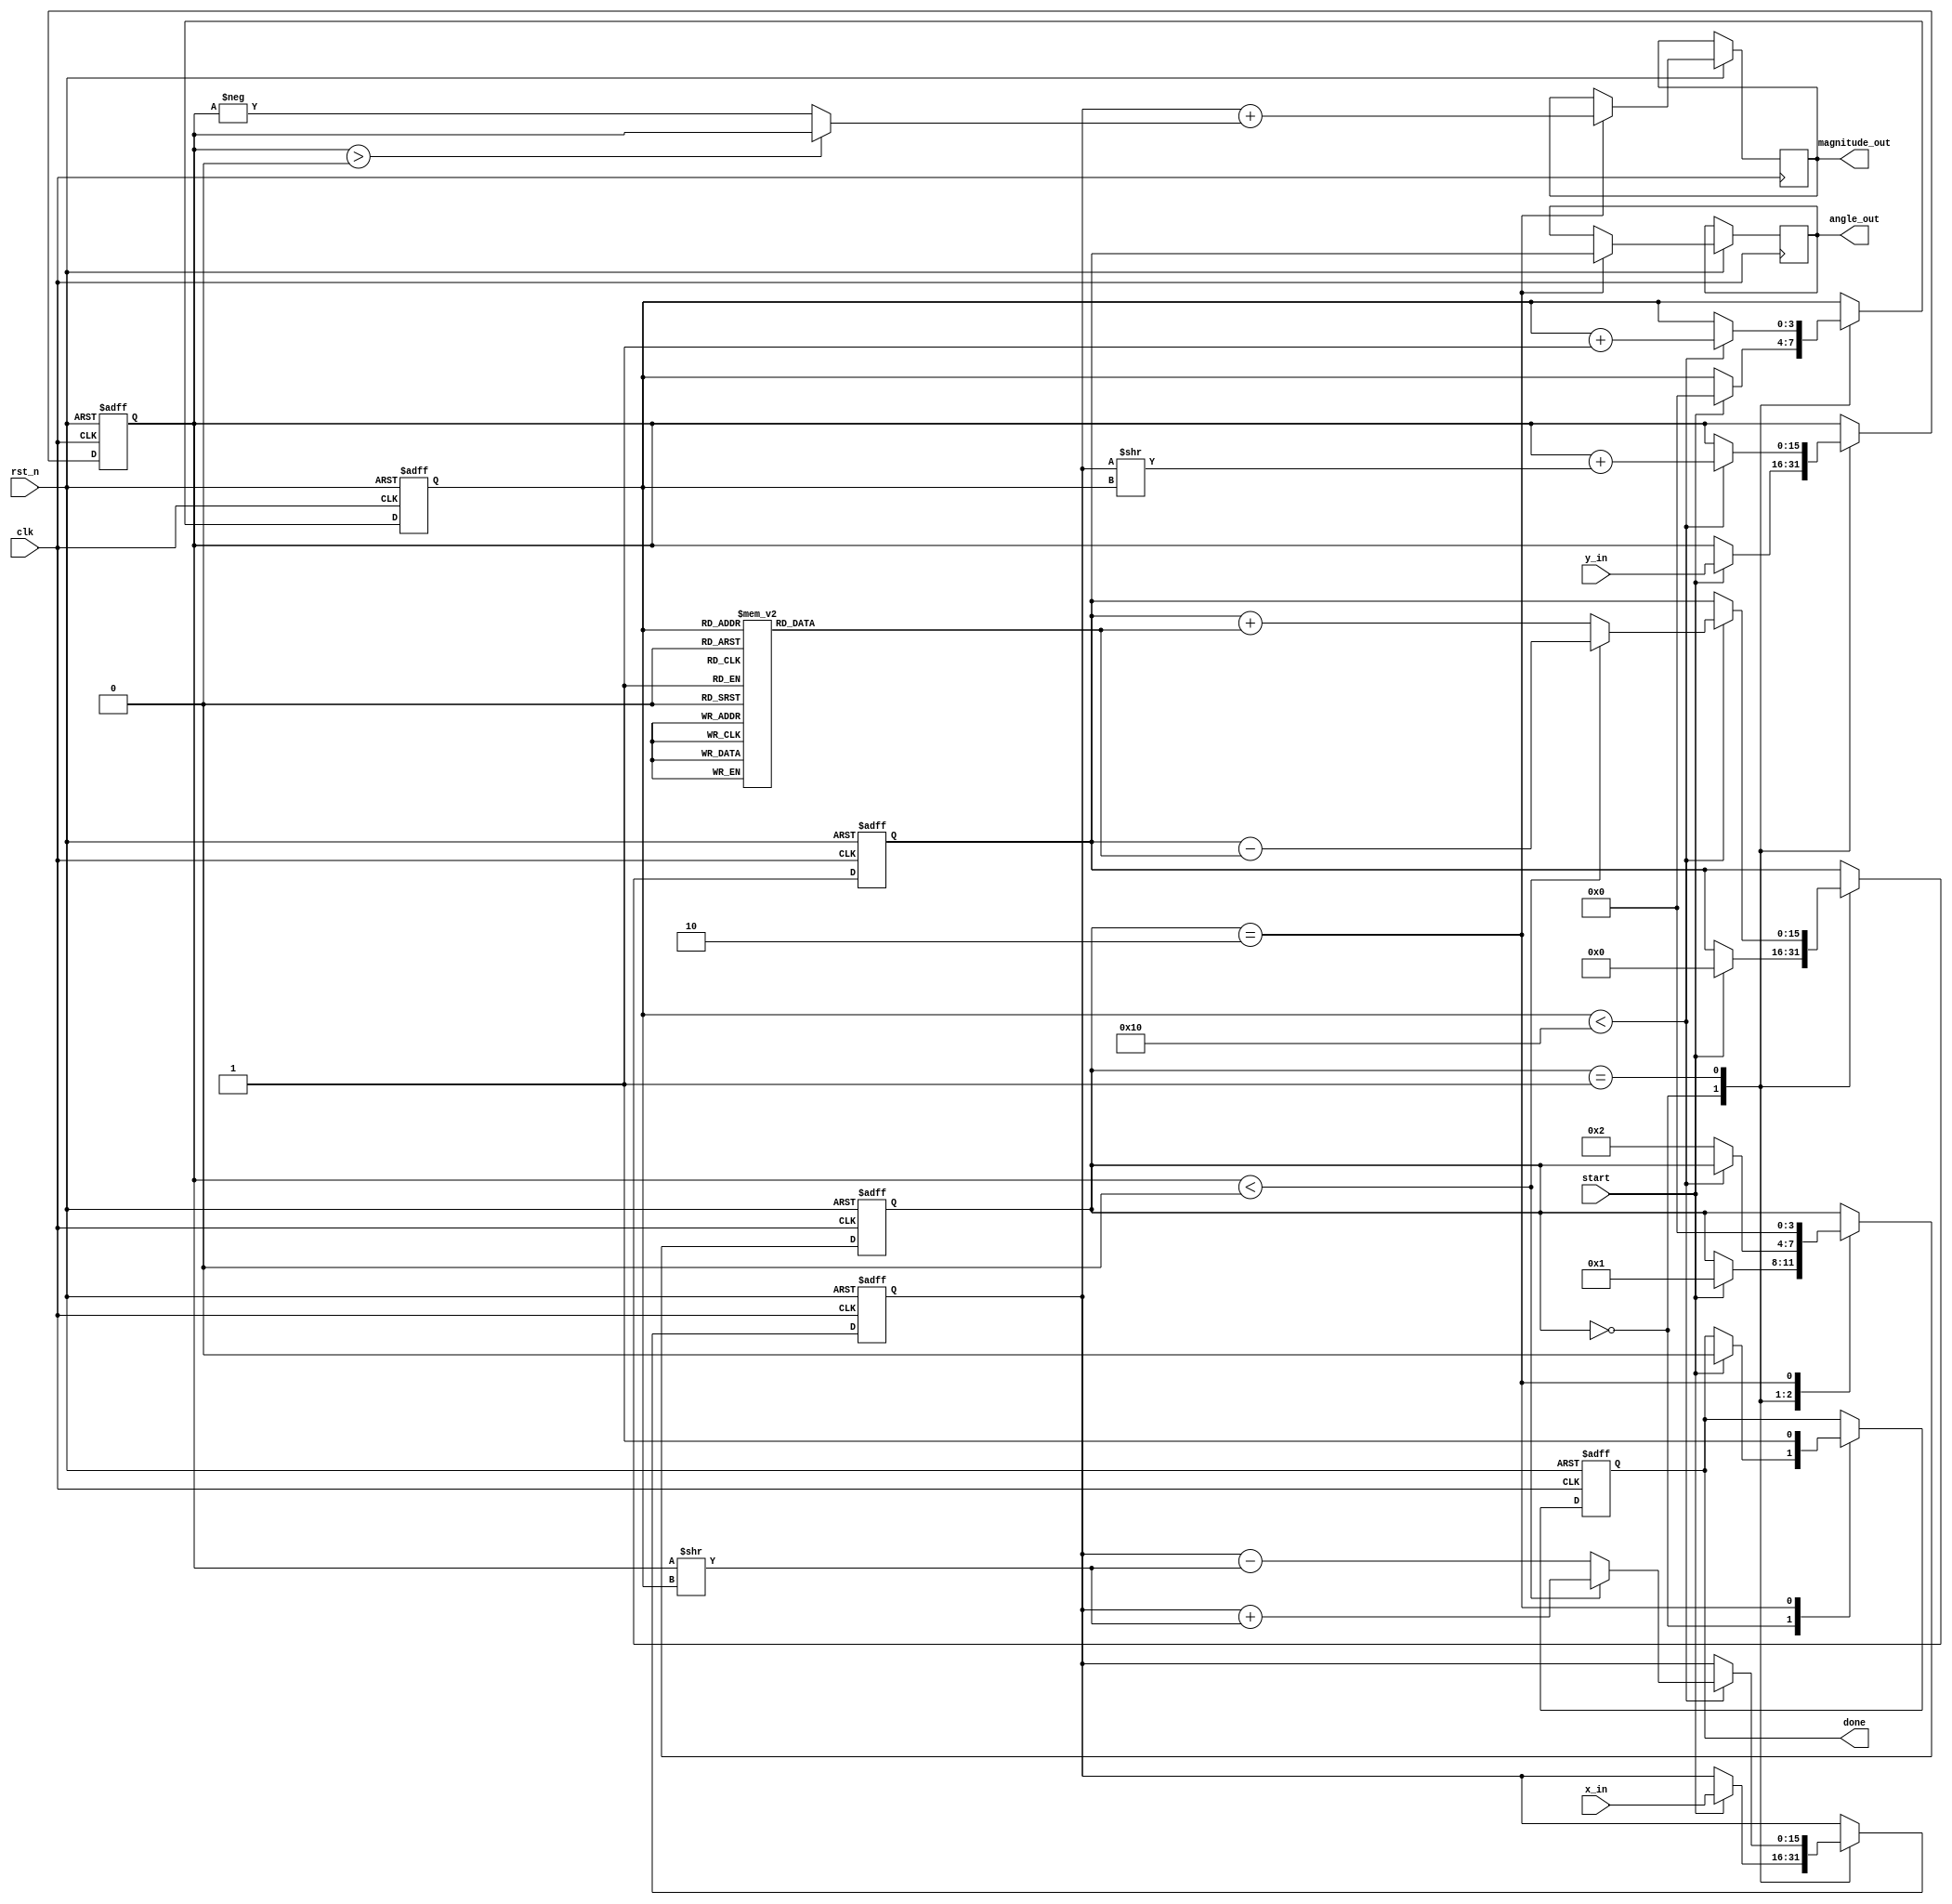
module vectoring_cordic (
    input wire clk,
    input wire rst_n,
    input wire start,
    input wire signed [15:0] x_in,
    input wire signed [15:0] y_in,
    output reg signed [15:0] angle_out,
    output reg signed [15:0] magnitude_out,
    output reg done
);

    // Internal registers
    reg signed [15:0] x_reg;
    reg signed [15:0] y_reg;
    reg signed [15:0] angle_reg;
    
    // CORDIC constants: arctan(2^-i) for i=0 to 15
    reg signed [15:0] atan_table [0:15];
    initial begin
        atan_table[0] = 16'h2000;  // 0.5 in Q15
        atan_table[1] = 16'h1333;  // 0.3333 in Q15
        atan_table[2] = 16'h0A3D;  // 0.25 in Q15
        atan_table[3] = 16'h0523;  // 0.2 in Q15
        atan_table[4] = 16'h028F;  // ~0.1667 in Q15
        // Fill in the rest of the atan_table as needed
    end
    
    // Control signals
    reg [3:0] iteration;
    reg [3:0] state; // Machine state register

    localparam IDLE      = 0;
    localparam COMPUTE   = 1;
    localparam OUTPUT     = 2;

    // Process the CORDIC iterations
    always @(posedge clk or negedge rst_n) begin
        if (!rst_n) begin
            x_reg <= 16'h0;
            y_reg <= 16'h0;
            angle_reg <= 16'h0;
            iteration <= 0;
            state <= IDLE;
            done <= 0;
        end else begin
            case (state)
                IDLE: begin
                    if (start) begin
                        // Initialize registers
                        x_reg <= x_in;
                        y_reg <= y_in;
                        angle_reg <= 16'h0; // Initial angle
                        iteration <= 0;
                        state <= COMPUTE;
                        done <= 0;
                    end
                end

                COMPUTE: begin
                    if (iteration < 16) begin
                        if (y_reg < 0) begin
                            // Rotate clockwise
                            x_reg <= x_reg + (y_reg >> iteration);
                            y_reg <= y_reg + (x_reg >> iteration);
                            angle_reg <= angle_reg - atan_table[iteration];
                        end else begin
                            // Rotate counterclockwise
                            x_reg <= x_reg - (y_reg >> iteration);
                            y_reg <= y_reg + (x_reg >> iteration);
                            angle_reg <= angle_reg + atan_table[iteration];
                        end
                        iteration <= iteration + 1;
                    end else begin
                        state <= OUTPUT;
                    end
                end

                OUTPUT: begin
                    // Calculate magnitude
                    magnitude_out <= x_reg + (y_reg > 0 ? y_reg : -y_reg); // Simple magnitude calculation
                    angle_out <= angle_reg;
                    done <= 1;
                    state <= IDLE; // Reset to IDLE for the next operation
                end
            endcase
        end
    end
endmodule